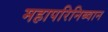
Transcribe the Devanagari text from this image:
महापरिनिब्वान